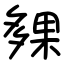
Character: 㚌